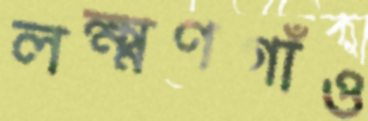
লক্ষ্মণগাঁও